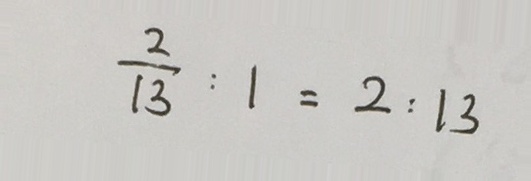
\frac { 2 } { 1 3 } : 1 = 2 : 1 3